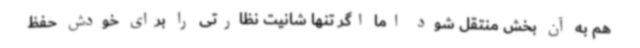
هم به آن بخش منتقل شود اما اگر تنها شانیت نظارتی را برای خودش حفظ